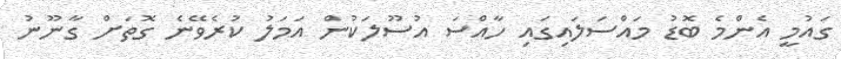
ގައުމީ އެންމެ ބޮޑު މައްސަލައިގައި ހާއްސަ އުސޫލަކުން އަމަލު ކުރެވޭނެ ގޮތަށް ގާނޫނު